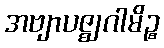
အဗျာပဇ္ဈဂါမိဉ္စ